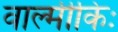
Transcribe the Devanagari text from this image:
वाल्मीकिः